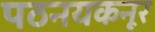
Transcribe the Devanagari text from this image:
पठनयकनूर